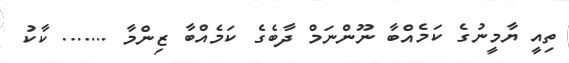
ތިއީ ޔާމީނުގެ ކަމެއްބާ ނޫންނަމް ދާބެގެ ކަމެއްބާ ޒިންމާ ....... ކާކު